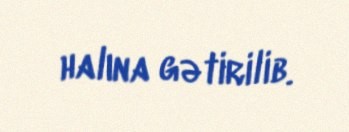
halına gətirilib.